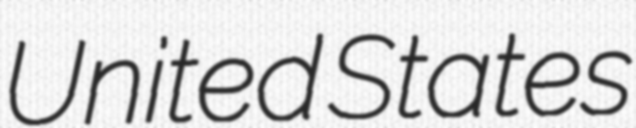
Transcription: United States